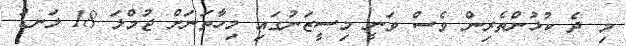
މި ދެ ކުޅުންތެރިން ވެސް ވަނީ މިސީޒަނުގައި މިހާތަނަށް ޖުމްލަ 18 ލަނޑު